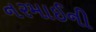
નરમાઈની